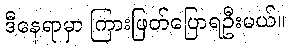
ဒီနေရာမှာ ကြားဖြတ်ပြောရဦးမယ်။